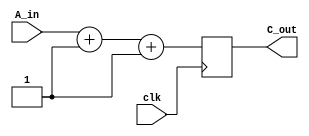
`timescale 1ns/100ps

module block #(parameter WIDTH = 4)
(input clk,
 input [WIDTH-1:0] A_in,
 output reg [WIDTH-1:0] C_out = 0);

reg  [WIDTH-1:0] A_out, B_out;
always @( posedge clk )
begin
  A_out = A_in;
  B_out = A_out + 1;
  C_out = B_out + 1;
end
endmodule